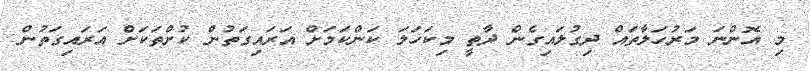
މި އޮންނަ މަރުހަލާތައް ދިގުލައިގެން ދާތީ މިކަހަލަ ކަންކަމަށް އަރައިގަތުން ކުށްތަކަށް އަރައިގަތުން